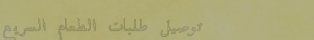
توصيل طلبات الطعام السريع